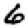
Digit: 6